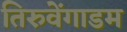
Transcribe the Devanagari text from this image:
तिरुवेंगाडम